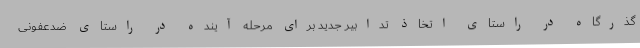
گذرگاه در راستای اتخاذ تدابیر جدید برای مرحله آینده در راستای ضدعفونی